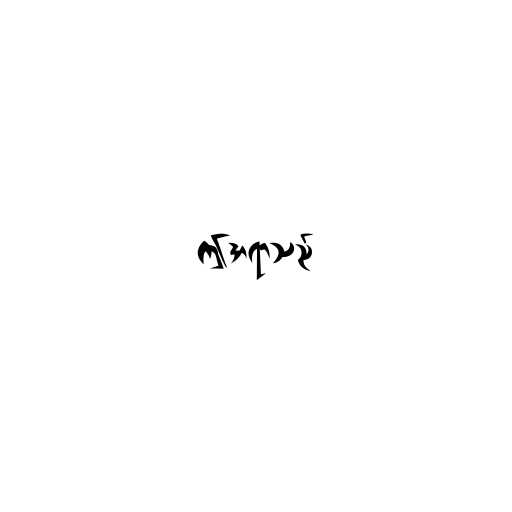
ဤအရာသည်